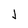
Character: J